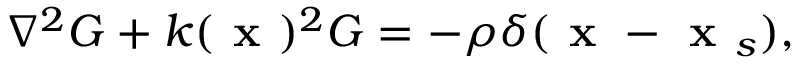
\nabla ^ { 2 } G + k ( \textbf { x } ) ^ { 2 } G = - \rho \delta ( \textbf { x } - \textbf { x } _ { s } ) ,